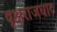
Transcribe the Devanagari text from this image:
वृक्षराजघाट